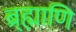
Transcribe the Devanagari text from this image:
ब्र्ह्माणि